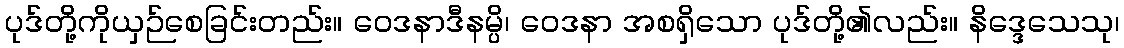
ပုဒ်တို့ကိုယှဉ်စေခြင်းတည်း။ ဝေဒနာဒီနမ္ပိ၊ ဝေဒနာ အစရှိသော ပုဒ်တို့၏လည်း။ နိဒ္ဒေသေသု၊